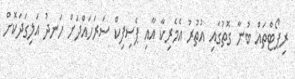
ރިޕޯޓްތައް ބުނާ ގޮތުގައި އުތުރު އެމެރިކާ އާއި ޕެސިފިކް ސަރަހައްދަށް ހަނދު އަލިގަދަކޮށް